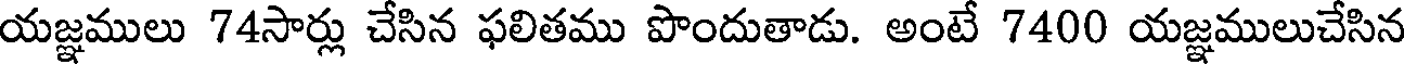
యజ్ఞములు 74సార్లు చేసిన ఫలితము పొందుతాడు. అంటే 7400 యజ్ఞములుచేసిన